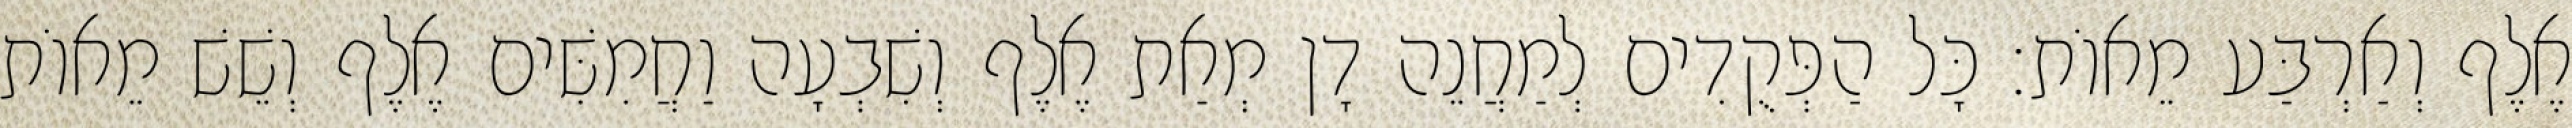
אֶלֶף וְאַרְבַּע מֵאוֹת׃ כָּל הַפְּקֻדִים לְמַחֲנֵה דָן מְאַת אֶלֶף וְשִׁבְעָה וַחֲמִשִּׁים אֶלֶף וְשֵׁשׁ מֵאוֹת